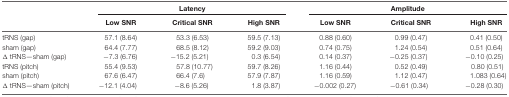
|  | <COLSPAN=3> Latency | <COLSPAN=3> Amplitude |
 |  | Low SNR | Critical SNR | High SNR | Low SNR | Critical SNR | High SNR |
 | --- | --- | --- | --- | --- | --- | --- |
 | tRNS (gap) | 57.1 (8.64) | 53.3 (6.53) | 59.5 (7.13) | 0.88 (0.60) | 0.99 (0.47) | 0.41 (0.50) |
 | sham (gap) | 64.4 (7.77) | 68.5 (8.12) | 59.2 (9.03) | 0.74 (0.75) | 1.24 (0.54) | 0.51 (0.64) |
 | Δ tRNS—sham (gap) | −7.3 (6.76) | −15.2 (5.21) | 0.3 (6.54) | 0.14 (0.37) | −0.25 (0.37) | −0.10 (0.25) |
 | tRNS (pitch) | 55.4 (9.53) | 57.8 (10.77) | 59.7 (8.26) | 1.16 (0.44) | 0.52 (0.49) | 0.80 (0.51) |
 | sham (pitch) | 67.6 (6.47) | 66.4 (7.6) | 57.9 (7.87) | 1.16 (0.59) | 1.12 (0.47) | 1.083 (0.64) |
 | Δ tRNS—sham (pitch) | −12.1 (4.04) | −8.6 (5.26) | 1.8 (3.87) | −0.002 (0.27) | −0.61 (0.34) | −0.28 (0.30) |